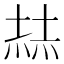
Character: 𡎓